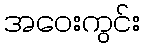
အဝေးကွင်း